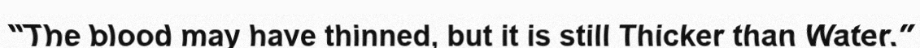
"The blood may have thinned, but it is still Thicker than Water."